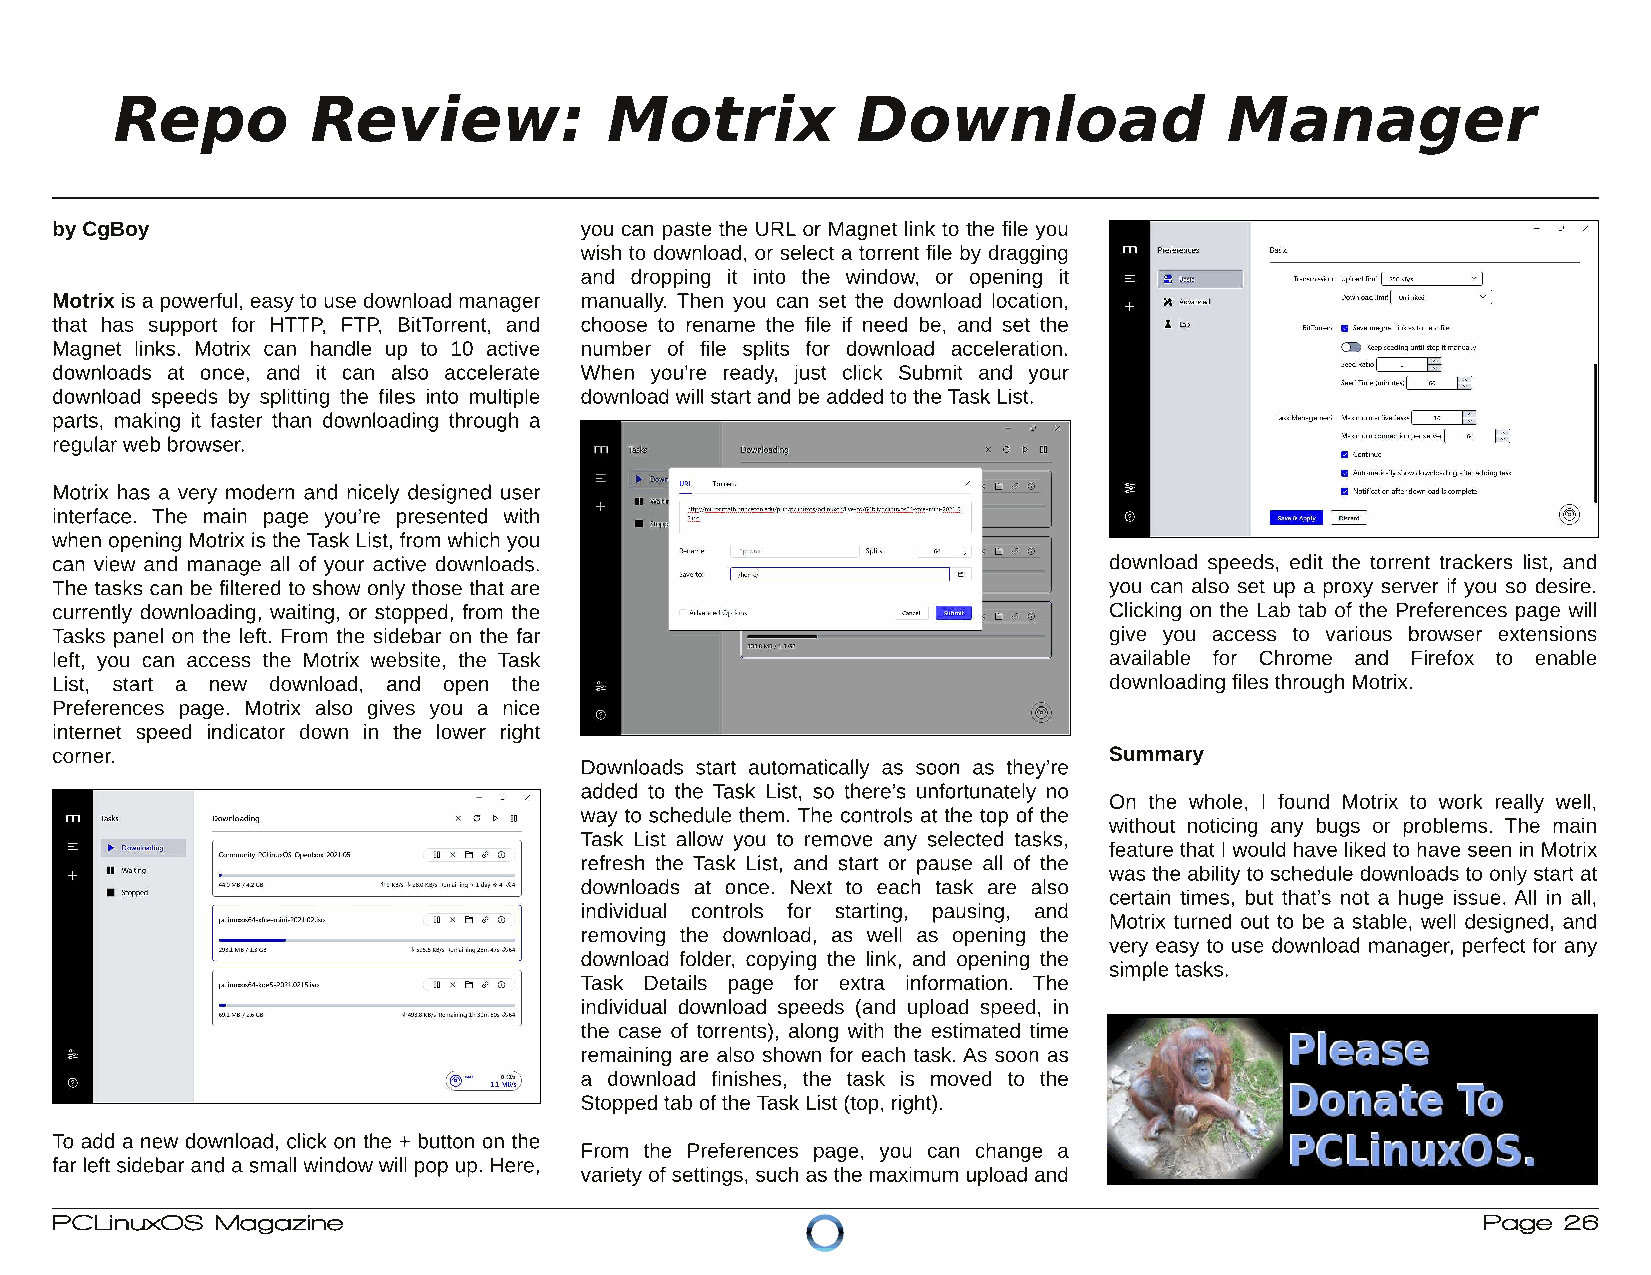
Repo         Review:            Motrix           Download                Manager
 byCgBoy                            you can paste the URL or Magnet link to the file you
 wish to download, or select a torrent file by dragging
 and dropping it into the window, or opening it
 Motrixis apowerful, easyto use download manager manually. Then you can set the download location,
 that has support for HTTP, FTP, BitTorrent, and choose to rename the file if need be, and set the
 Magnet links. Motrix can handle up to 10 active number of file splits for download acceleration.
 downloads at once, and it can also accelerate When you’re ready, just click Submit and your
 download speeds by splitting the files into multiple download will startand be added to the TaskList.
 parts, making it faster than downloading through a
 regularweb browser.
 Motrix has a very modern and nicely designed user
 interface. The main page you’re presented with
 when opening Motrixis the TaskList, from which you
 can view and manage all of your active downloads.                     download speeds, edit the torrent trackers list, and
 The tasks can be filtered to show only those that are                 you can also set up a proxy server if you so desire.
 currently downloading, waiting, or stopped, from the                  Clicking on the Lab tab of the Preferences page will
 Tasks panel on the left. From the sidebar on the far                  give you access to various browser extensions
 left, you can access the Motrix website, the Task                     available for Chrome and Firefox to enable
 List, start a new download, and open the                              downloading files through Motrix.
 Preferences page. Motrix also gives you a nice
 internet speed indicator down in the lower right
 corner.                                                               Summary
 Downloads start automatically as soon as they’re
 added to the Task List, so there’s unfortunately no
 On the whole, I found Motrix to work really well,
 way to schedule them. The controls at the top of the
 without noticing any bugs or problems. The main
 Task List allow you to remove any selected tasks,
 feature thatI would have liked to have seen in Motrix
 refresh the Task List, and start or pause all of the
 was the abilityto schedule downloads to onlystartat
 downloads at once. Next to each task are also
 certain times, but that’s not a huge issue. All in all,
 individual controls for starting, pausing, and
 Motrix turned out to be a stable, well designed, and
 removing the download, as well as opening the
 very easy to use download manager, perfect for any
 download folder, copying the link, and opening the
 simple tasks.
 Task Details page for extra information. The
 individual download speeds (and upload speed, in
 the case of torrents), along with the estimated time
 remaining are also shown for each task. As soon as
 a download finishes, the task is moved to the
 Stopped tab ofthe TaskList(top, right).
 To add a new download, click on the + button on the
 From the Preferences page, you can change a
 far leftsidebar and asmall windowwill pop up. Here,
 varietyofsettings, such as the maximum upload and
 PCLinuxOS  Magazine                                                                            Page 26